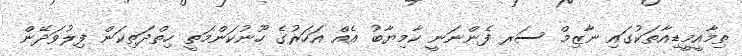
ތިމާއީމީޑިއާތަކުގައި ނާޒިމް ސަރ ފެންނަނީ ކާމިޔާބު އެއް އަހަރުގެ ހޫނުކަންމަތީ ހިތްދަތިކަން ފިލުވަދޭން